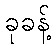
ခုခန့်